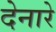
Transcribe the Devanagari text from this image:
देनारे